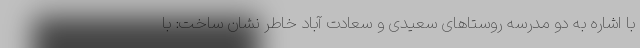
با اشاره به دو مدرسه روستاهای سعیدی و سعادت آباد خاطر نشان ساخت: با